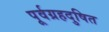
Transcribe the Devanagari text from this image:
पूर्वग्रहदुषित